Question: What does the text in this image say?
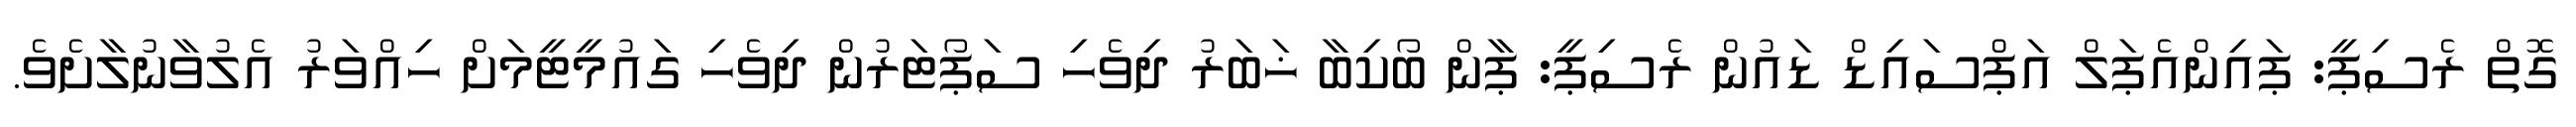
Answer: ގޮތް ރެސިޕީ: ޕައިންއެޕަލް އަޕްސައިޑް ޑައުން ރެސިޕީ: ޕާން ބޯކިބާ ޚަބަރު ދިވެހި ސަޕޯޓަރުން ދިވެހި ގައުމީޓީމަށް ހިއްވަރު އެލުވާނުލާށެވެ.